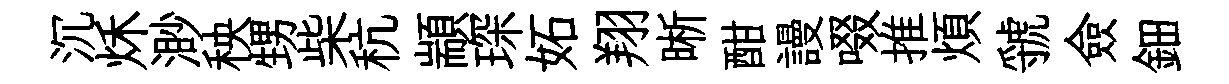
沉秌渺秧甥柴秔顓琛妬翔晰酣謾啜推煩虢僉鈿